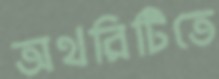
অথরিটিতে